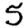
Digit: 5